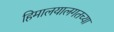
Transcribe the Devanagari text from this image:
हिमालयालगतच्या